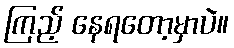
ကြည့် နေရတော့မှာပဲ။